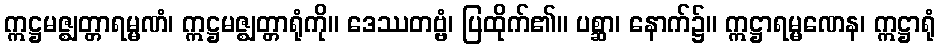
ဣဋ္ဌမဇ္ဈတ္တာရမ္မဏံ၊ ဣဋ္ဌမဇ္ဈတ္တာရုံကို။ ဒေဿတဗ္ဗံ၊ ပြထိုက်၏။ ပစ္ဆာ၊ နောက်၌။ ဣဋ္ဌာရမ္မဏေန၊ ဣဋ္ဌာရုံ